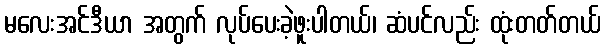
မလေးအင်ဒီယာ အတွက် လုပ်ပေးခဲ့ဖူးပါတယ်၊ ဆံပင်လည်း ထုံးတတ်တယ်